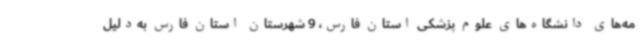
مه‌های دانشگاه‌های علوم پزشکی استان فارس، 9 شهرستان استان فارس به‌دلیل